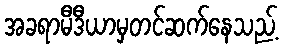
အခရာမီဒီယာမှတင်ဆက်နေသည့်